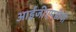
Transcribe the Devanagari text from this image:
आईजीएमडीपी